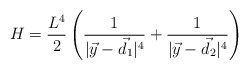
\begin{align*}H=\frac{L^4}{2}\left(\frac{1}{|\vec y-\vec d_1|^4}+\frac{1}{|\vec y-\vec d_2|^4}\right)\end{align*}